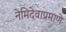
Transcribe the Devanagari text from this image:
नेमिदेवाप्रमाणे